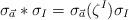
LaTeX: \begin{align*}\sigma_{\vec{a}} * \sigma_I = \sigma_{\vec{a}}(\zeta^I) \sigma_I\end{align*}